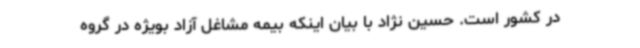
در کشور است. حسین نژاد با بیان اینکه بیمه مشاغل آزاد بویژه در گروه